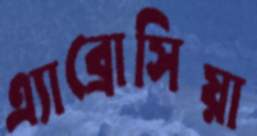
এ্যাব্রোসিয়া